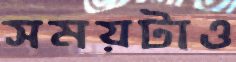
সময়টাও